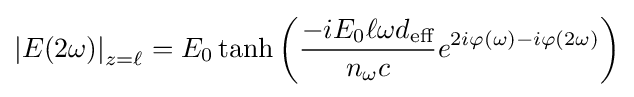
\left|E(2\omega )\right|_{z=\ell }=E_{0}\tanh \left({\frac {-iE_{0}\ell \omega d_{\text{eff}}}{n_{\omega }c}}e^{2i\varphi (\omega )-i\varphi (2\omega )}\right)